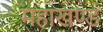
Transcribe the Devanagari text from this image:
महाखण्ड